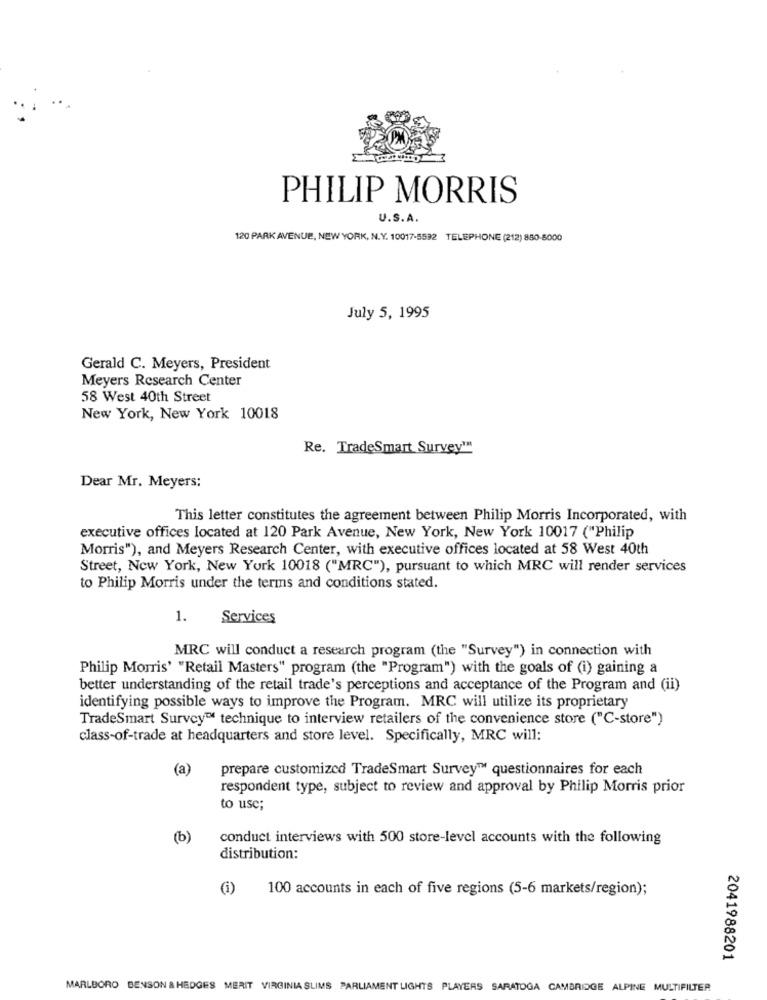
PHILIP MORRIS
U.S.A.
120 PARK AVENUE, NEW YORK, N.Y. 10017-5592 TELEPHONE (212) 880-8000
July 5, 1995
Gerald C. Meyers, President
Meyers Research Center
58 West 40th Street
New York, New York 10018
Re. TradeSmart Survey"
Dear Mr. Meyers:
This letter constitutes the agreement between Philip Morris Incorporated, with
executive offices located at 120 Park Avenue, New York, New York 10017 ("Philip
Morris"), and Meyers Research Center, with executive offices located at 58 West 40th
Street, New York, New York 10018 ("MRC"), pursuant to which MRC will render services
to Philip Morris under the terms and conditions stated.
1.
Services
MRC will conduct a research program (the "Survey") in connection with
Philip Morris' "Retail Masters" program (the "Program") with the goals of (i) gaining a
better understanding of the retail trade's perceptions and acceptance of the Program and (ii)
identifying possible ways to improve the Program. MRC will utilize its proprietary
TradeSmart Survey™ technique to interview retailers of the convenience store ("C-store")
class-of-trade at headquarters and store level. Specifically, MRC will:
(a)
prepare customized TradeSmart Survey™ questionnaires for each
respondent type, subject to review and approval by Philip Morris prior
to use;
(b)
conduct interviews with 500 store-level accounts with the following
distribution:
(i)
100 accounts in each of five regions (5-6 markets/region);
2041988201
MARLBORO BENSON & HEDGES MERIT VIRGINIA SLIMS PARLIAMENT LIGHTS PLAYERS SARATOGA CAMBRIDGE ALPINE MULTIFILTER